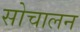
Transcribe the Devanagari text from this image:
सोचालन